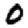
Digit: 0